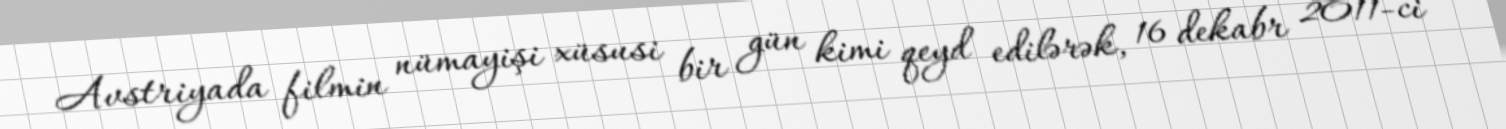
Avstriyada filmin nümayişi xüsusi bir gün kimi qeyd edilərək, 16 dekabr 2011-ci